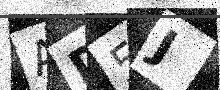
Text: AD5J